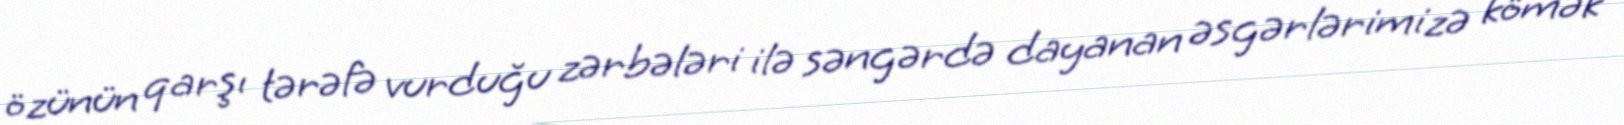
özünün qarşı tərəfə vurduğu zərbələri ilə səngərdə dayanan əsgərlərimizə kömək